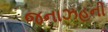
જનાઝહની